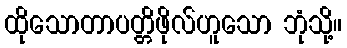
ထိုသောတာပတ္တိဖိုလ်ဟူသော ဘုံသို့။